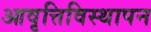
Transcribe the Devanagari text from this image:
आवृत्तिविस्थापन